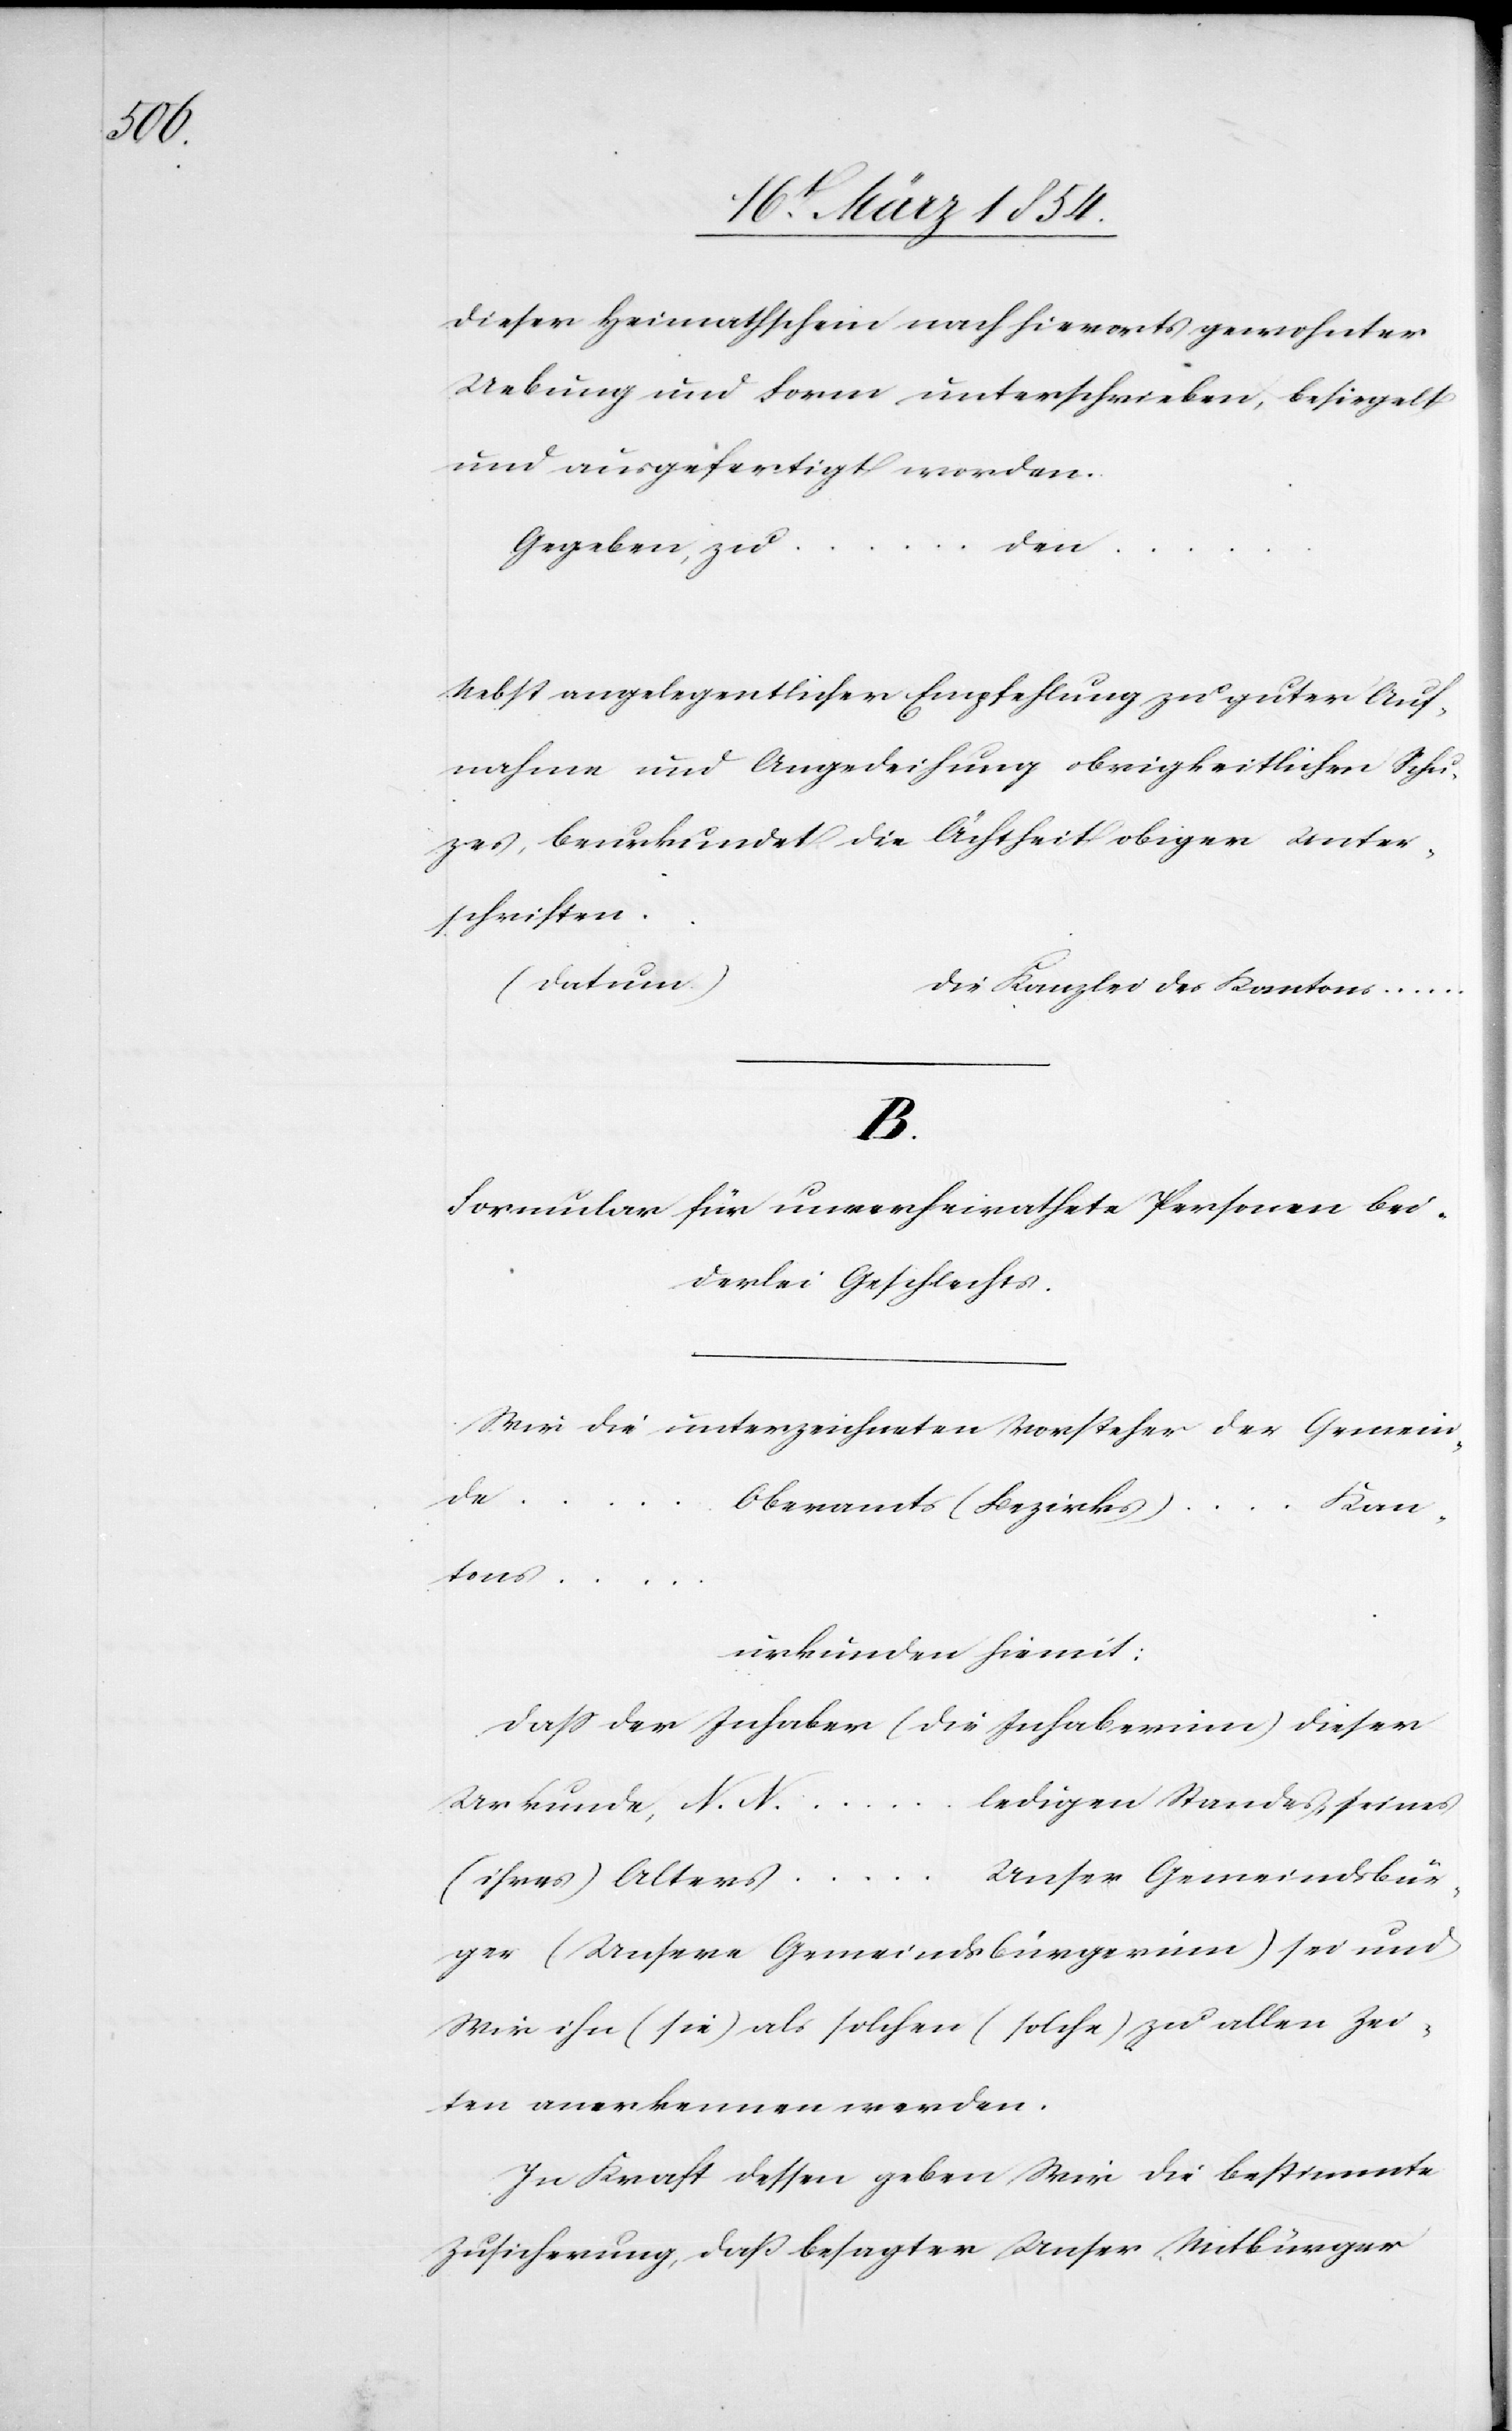
dieser Heimathschein nach hierorts gewohnter
Uebung und Form unterschrieben, besiegelt
und ausgefertigt worden.
… den …
Gegeben, zu
Nebst angelegentlicher Empfehlung zu guter Auf¬
nahme und Angedeihung obrigkeitlichen Sch¬
u[t]zes, beurkundet die Ächtheit obiger Unter¬
schriften
Formular für unverheirathete Personen bei¬
derlei Geschlechtes.
Wir die unterzeichneten Vorsteher der Gemein¬
de
Kan¬
Oberamts (Bezirks)
tons
…
…
urkunden hiemit:
daß der Inhaber (die Inhaberinn) dieser
ledigen Standes, eines
Urkunde, N. N.
Unser Gemeindsbür¬
(ihres) Alters
ger (Unsere Gemeindsbürgerinn) sei und
Wir ihn (sie) als solchen (solche) zu allen Zei¬
ten anerkennen werden.
In Kraft dessen geben Wir die bestimmte
Zusicherung, daß besagter Unser Mitbürger